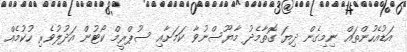
އަޑުއެހުންތައް ނިމިގެން ދިޔަ ގޮތާމެދު މާޔޫސްނުވާ ކަމަށާއި ސުޕްރީމް ކޯޓުން އަދުލުވެރި ހުކުމެއް